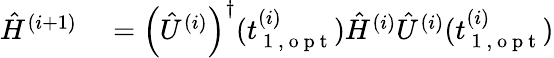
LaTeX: \begin{array}{rl}{\hat{H}^{(i+1)}}&{{}=\left({\hat{U}}^{(i)}\right)^{\dagger}(t_{\mathrm{~1~,~o~p~t~}}^{(i)})\hat{H}^{(i)}{\hat{U}}^{(i)}(t_{\mathrm{~1~,~o~p~t~}}^{(i)})}\end{array}